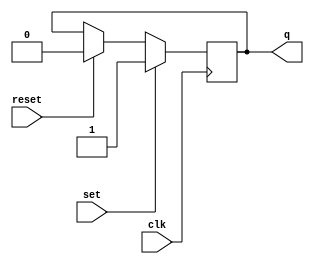
module sr_ff (
    input wire set,
    input wire reset,
    input wire clk,
    output reg q
);

always @ (posedge clk)
begin
    if (set)
        q <= 1'b1;
    else if (reset)
        q <= 1'b0;
end

endmodule